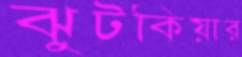
ঝুটকিয়ার